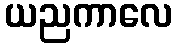
ယညကာလေ